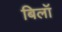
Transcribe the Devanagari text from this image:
बिलॉ